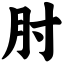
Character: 肘